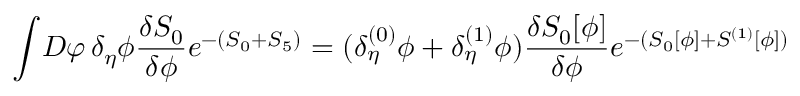
\int \! { \cal D } \varphi \, \delta _ { \eta } \phi { \frac { \delta S _ { 0 } } { \delta \phi } } e ^ { - ( S _ { 0 } + S _ { 5 } ) } = ( \delta _ { \eta } ^ { ( 0 ) } \phi + \delta _ { \eta } ^ { ( 1 ) } \phi ) { \frac { \delta S _ { 0 } [ \phi ] } { \delta \phi } } e ^ { - ( S _ { 0 } [ \phi ] + S ^ { ( 1 ) } [ \phi ] ) }